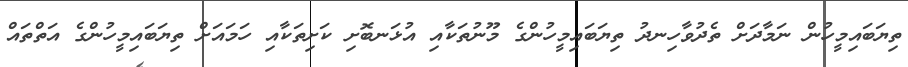
ތިޔަބައިމީހުން ނަމާދަށް ތެދުވާހިނދު ތިޔަބައިމީހުންގެ މޫނުތަކާއި އުޅަނބޮށި ކަށިތަކާއި ހަމައަށް ތިޔަބައިމީހުންގެ އަތްތައް